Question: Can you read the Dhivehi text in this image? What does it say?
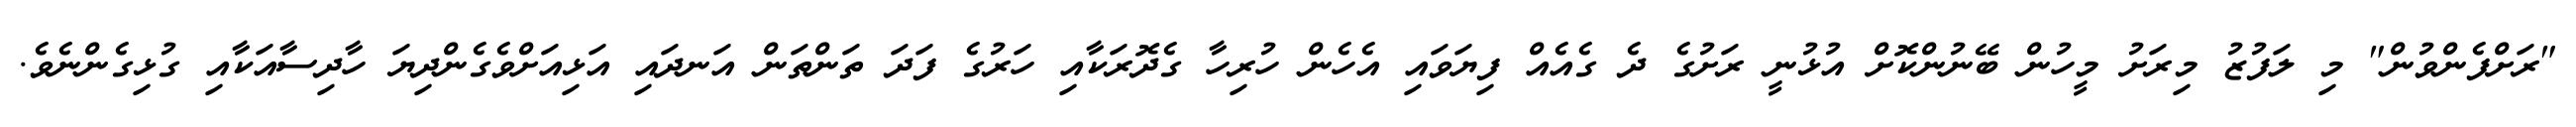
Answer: "ރަށްފެންވުން" މި ލަފުޒު މިރަށު މީހުން ބޭނުންކޮށް އުޅުނީ ރަށުގެ ދެ ގެއެއް ފިޔަވައި އެހެން ހުރިހާ ގެދޮރަކާއި ހަރުގެ ފަދަ ތަންތަން އަނދައި އަޅިއަށްވެގެންދިޔަ ހާދިސާއަކާއި ގުޅިގެންނެވެ.